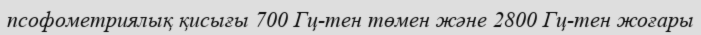
псофометриялық қисығы 700 Гц-тен төмен және 2800 Гц-тен жоғары